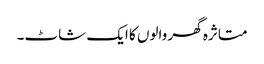
متاثرہ گھر والوں کا ایک شاٹ۔